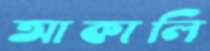
আকালি